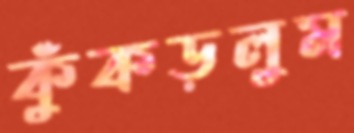
কুঁকড়লুম